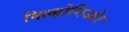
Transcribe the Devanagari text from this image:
विल्होनिओर